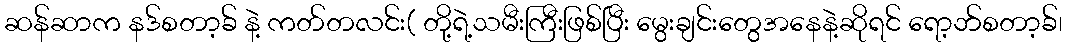
ဆန်ဆာက နဒ်စတာ့ခ် နဲ့ ကတ်တလင်း( တို့ရဲ့သမီးကြီးဖြစ်ပြီး မွေးချင်းတွေအနေနဲ့ဆိုရင် ရော့ဘ်စတာ့ခ်၊